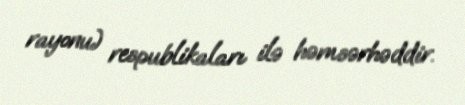
rayonu) respublikaları ilə həmsərhəddir.